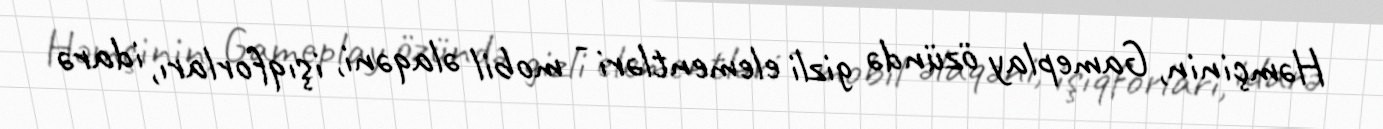
Həmçinin, Gameplay özündə gizli elementləri - mobil əlaqəni, işıqforları, idarə